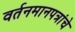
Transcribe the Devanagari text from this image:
वर्तनमानपत्रांचे